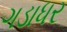
ગડાધર